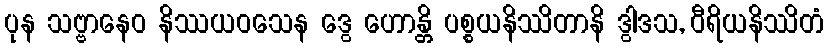
ပုန သဗ္ဗာနေဝ နိဿယဝသေန ဒွေ ဟောန္တိ ပစ္စယနိဿိတာနိ ဒွါဒသ, ဝီရိယနိဿိတံ